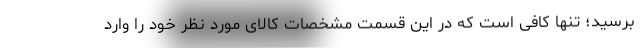
برسید؛ تنها کافی است که در این قسمت مشخصات کالای مورد نظر خود را وارد